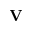
\mathbf { V }